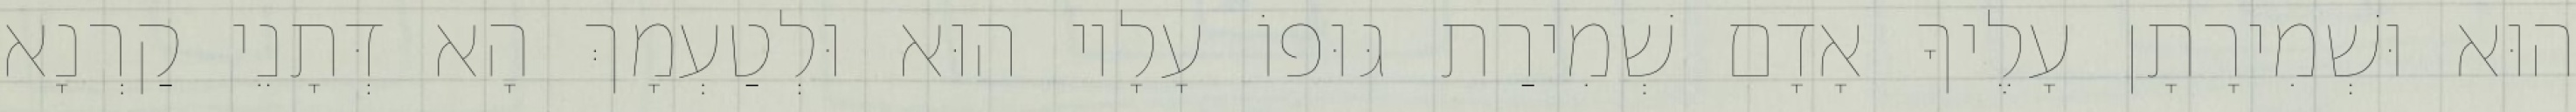
הוּא וּשְׁמִירָתָן עָלֶיךָ אָדָם שְׁמִירַת גּוּפוֹ עָלָיו הוּא וּלְטַעְמָךְ הָא דְּתָנֵי קַרְנָא